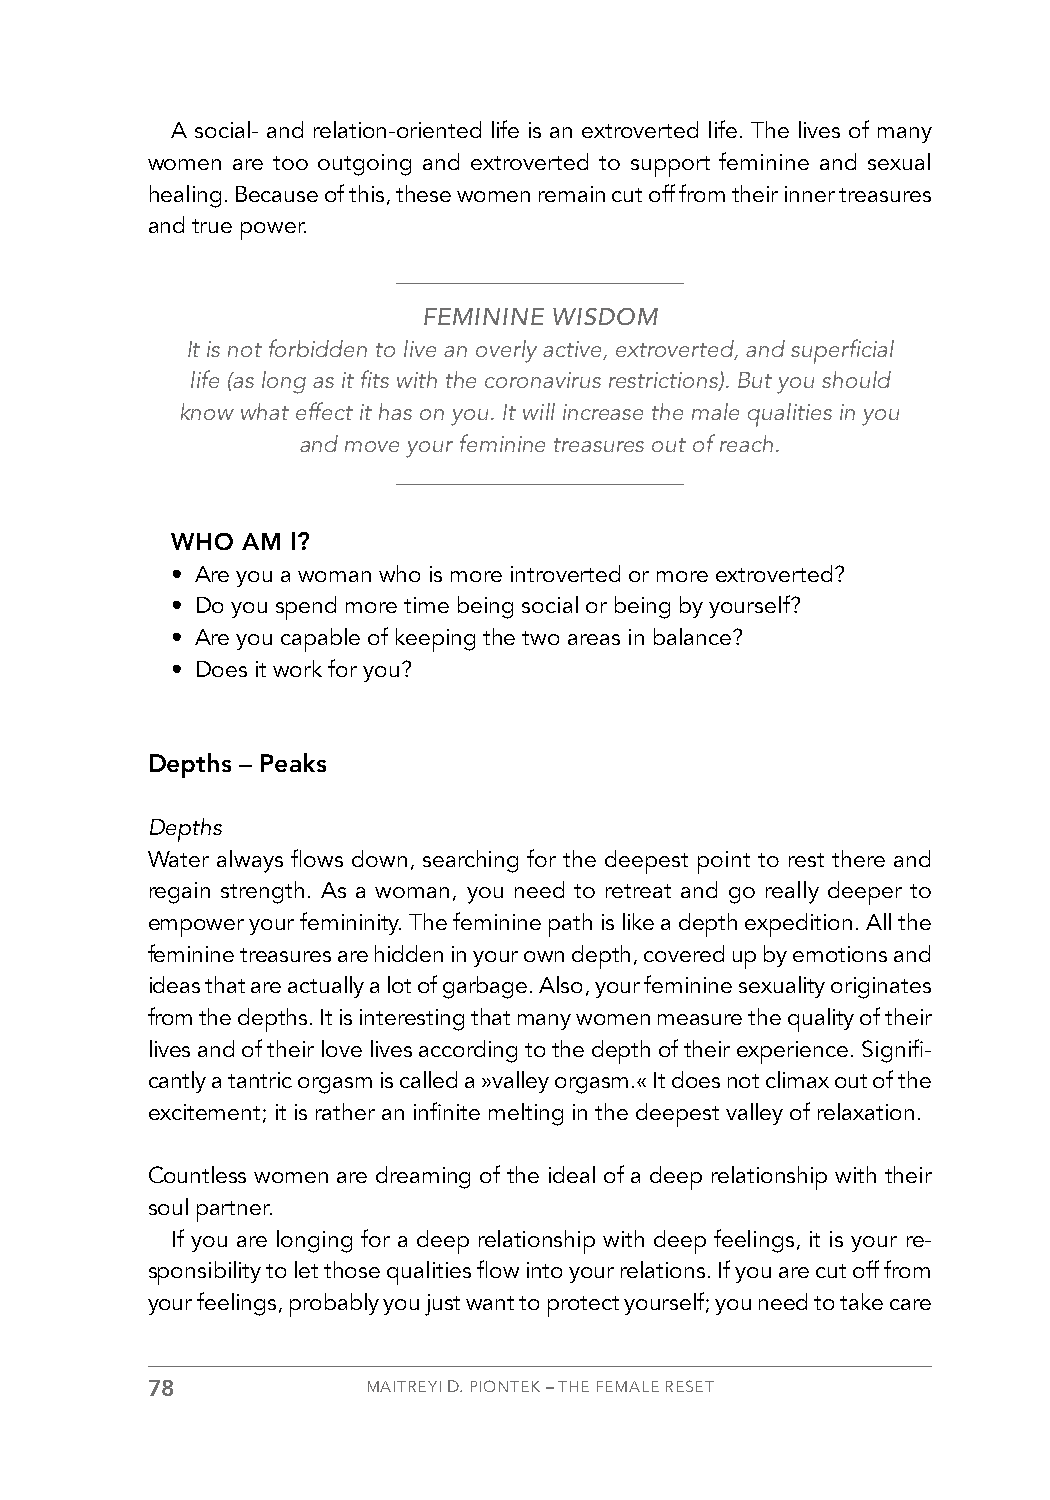
A social- and relation-oriented life is an extroverted life. The lives of many
 women are too outgoing and extroverted to support feminine and sexual
 healing. Because of this, these women remain cut off from their inner treasures
 and true power.
 FEMININE WISDOM
 It is not forbidden to live an overly active, extroverted, and superficial
 life (as long as it fits with the coronavirus restrictions). But you should
 know what effect it has on you. It will increase the male qualities in you
 and move your feminine treasures out of reach.
 WHO  AM I?
 • Are you a woman who is more introverted or more extroverted?
 • Do you spend more time being social or being by yourself?
 • Are you capable of keeping the two areas in balance?
 • Does it work for you?
 Depths – Peaks
 Depths
 Water always flows down, searching for the deepest point to rest there and
 regain strength. As a woman, you need to retreat and go really deeper to
 empower your femininity. The feminine path is like a depth expedition. All the
 feminine treasures are hidden in your own depth, covered up by emotions and
 ideas that are actually a lot of garbage. Also, your feminine sexuality originates
 from the depths. It is interesting that many women measure the quality of their
 lives and of their love lives according to the depth of their experience. Signifi-
 cantly a tantric orgasm is called a »valley orgasm.« It does not climax out of the
 excitement; it is rather an infinite melting in the deepest valley of relaxation.
 Countless women are dreaming of the ideal of a deep relationship with their
 soul partner.
 If you are longing for a deep relationship with deep feelings, it is your re-
 sponsibility to let those qualities flow into your relations. If you are cut off from
 your feelings, probably you just want to protect yourself; you need to take care
 78            MAITREYI D. PIONTEK – THE FEMALE RESET